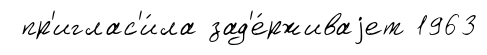
пр'иглас'и́ла зад'е́рживаjет 1963